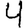
Digit: 4